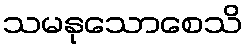
သမနုသောစေသိ